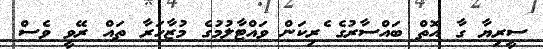
ސީރިޔާ ގާ އޮތް ބައްސާރުގެ ެރިކަން ވައްޓާލުމުގެ މުޒާހަރާ ތައް ރޭވީ ވެސް